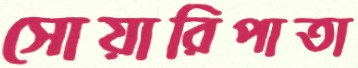
সোয়ারিপাতা